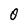
Character: 0